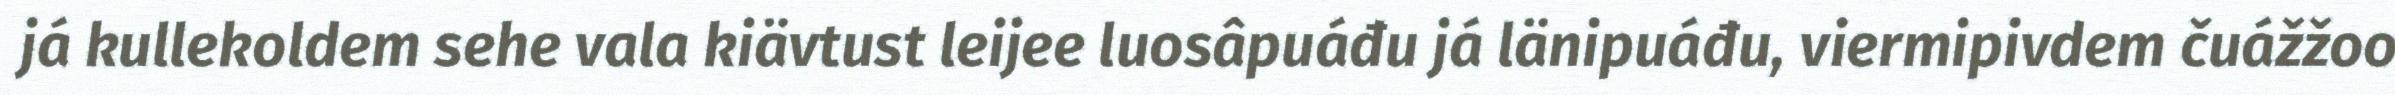
já kullekoldem sehe vala kiävtust leijee luosâpuáđu já länipuáđu, viermipivdem čuážžoo